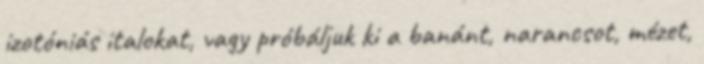
izotóniás italokat, vagy próbáljuk ki a banánt, narancsot, mézet,